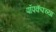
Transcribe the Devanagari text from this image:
पॉपकॅपच्या